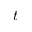
t